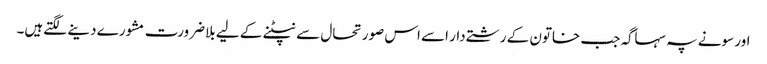
اور سونے پہ سہاگہ جب خاتون کے رشتےدار اسے اس صورتحال سے نپٹنے کے لیے بلاضرورت مشورے دینے لگتےہیں۔